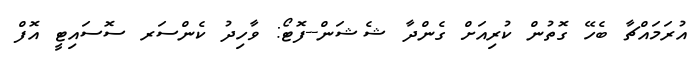
އުރަމައްޗާ ބެހޭ ގޮތުން ކުރިއަށް ގެންދާ ޝެޝަން--ފޮޓޯ: ވާހިދު ކެންސަރ ސޮސައިޓީ އޮފް